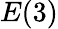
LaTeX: E(3)